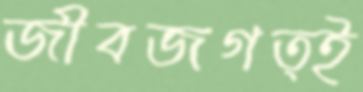
জীবজগত্ই